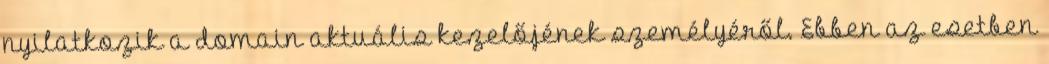
nyilatkozik a domain aktuális kezelőjének személyéről. Ebben az esetben